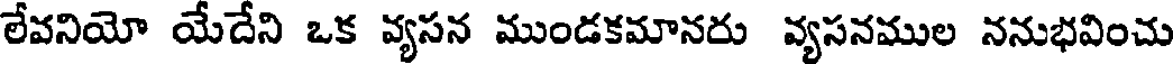
లేవనియో యేదేని ఒక వ్యసన ముండకమానరు వ్యసనముల ననుభవించు